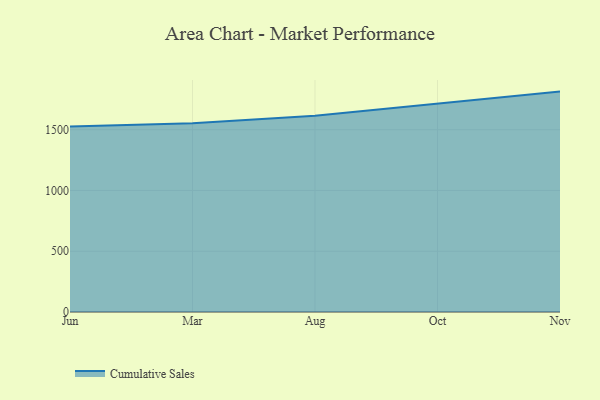
{"axis": {"x": "Month", "y": "LTV (USD)"}, "legend": ["Cumulative Sales"], "data": [{"x": "Jun", "y": 1525.4, "type": "Cumulative Sales"}, {"x": "Mar", "y": 1552.7, "type": "Cumulative Sales"}, {"x": "Aug", "y": 1614.0, "type": "Cumulative Sales"}, {"x": "Oct", "y": 1713.4, "type": "Cumulative Sales"}, {"x": "Nov", "y": 1813.4, "type": "Cumulative Sales"}]}